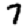
Digit: 7